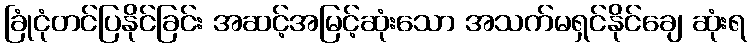
ခြုံငုံတင်ပြနိုင်ခြင်း အဆင့်အမြင့်ဆုံးသော အသက်မရှင်နိုင်ချေ ဆုံးရ